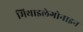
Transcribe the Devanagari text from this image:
मिथाइलेगोनाइन